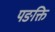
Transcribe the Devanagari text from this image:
पङक्ति